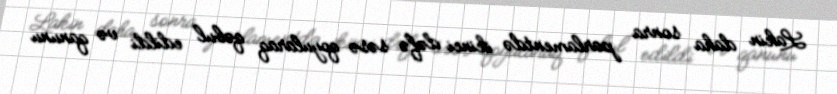
Lakin daha sonra parlamentdə ikinci dəfə səsə qoyularaq qəbul edildi və qanunu